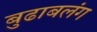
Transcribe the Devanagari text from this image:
बुढाबलंग